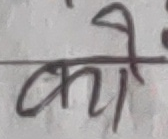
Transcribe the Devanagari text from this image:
को